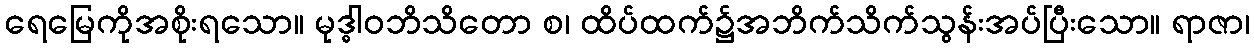
ရေမြေကိုအစိုးရသော။ မုဒ္ဓါဝဘိသိတော စ၊ ထိပ်ထက်၌အဘိက်သိက်သွန်းအပ်ပြီးသော။ ရာဇာ၊